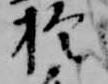
於